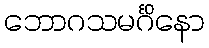
ဘောဂသမင်္ဂိနော